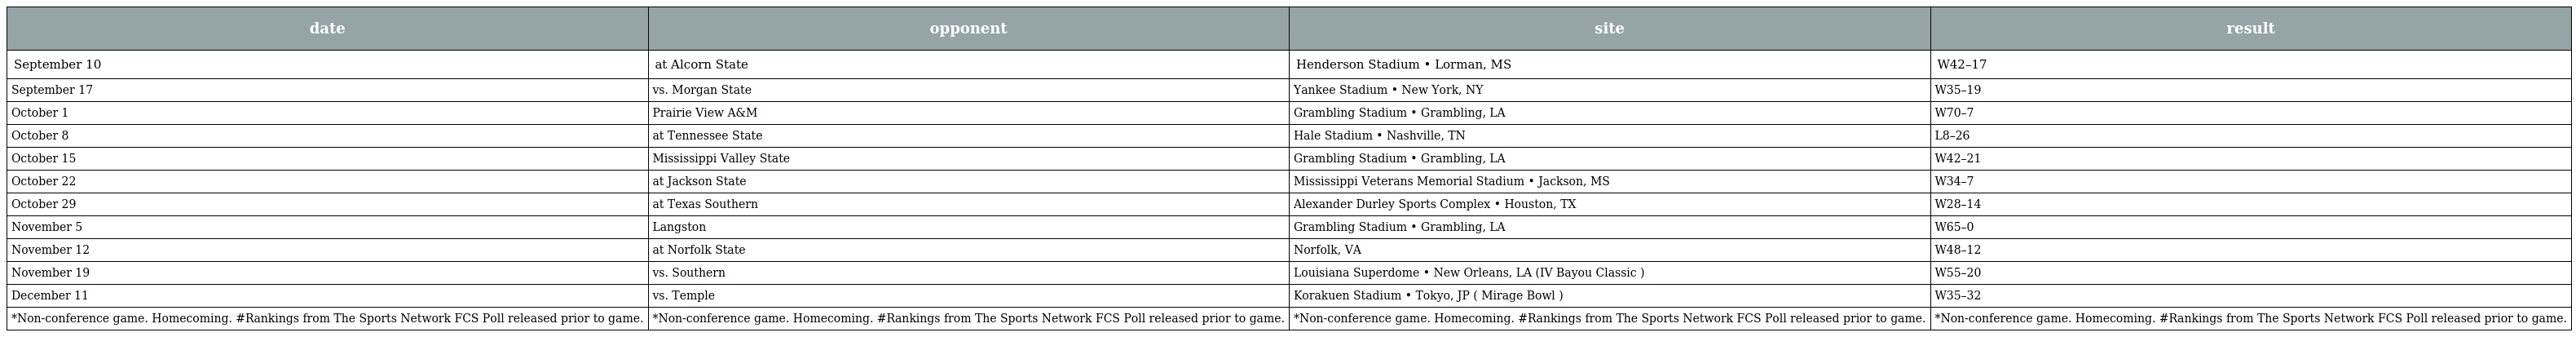
| date | opponent | site | result |
 | --- | --- | --- | --- |
 | September 10 | at Alcorn State | Henderson Stadium • Lorman, MS | W42–17 |
 | September 17 | vs. Morgan State | Yankee Stadium • New York, NY | W35–19 |
 | October 1 | Prairie View A&M | Grambling Stadium • Grambling, LA | W70–7 |
 | October 8 | at Tennessee State | Hale Stadium • Nashville, TN | L8–26 |
 | October 15 | Mississippi Valley State | Grambling Stadium • Grambling, LA | W42–21 |
 | October 22 | at Jackson State | Mississippi Veterans Memorial Stadium • Jackson, MS | W34–7 |
 | October 29 | at Texas Southern | Alexander Durley Sports Complex • Houston, TX | W28–14 |
 | November 5 | Langston | Grambling Stadium • Grambling, LA | W65–0 |
 | November 12 | at Norfolk State | Norfolk, VA | W48–12 |
 | November 19 | vs. Southern | Louisiana Superdome • New Orleans, LA (IV Bayou Classic ) | W55–20 |
 | December 11 | vs. Temple | Korakuen Stadium • Tokyo, JP ( Mirage Bowl ) | W35–32 |
 | *Non-conference game. Homecoming. #Rankings from The Sports Network FCS Poll released prior to game. | *Non-conference game. Homecoming. #Rankings from The Sports Network FCS Poll released prior to game. | *Non-conference game. Homecoming. #Rankings from The Sports Network FCS Poll released prior to game. | *Non-conference game. Homecoming. #Rankings from The Sports Network FCS Poll released prior to game. |